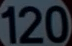
120